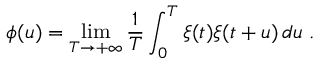
\phi ( u ) = \operatorname* { l i m } _ { T \to + \infty } \frac { 1 } { T } \int _ { 0 } ^ { T } \xi ( t ) \xi ( t + u ) \, d u \; .